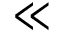
\ll